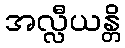
အလ္လီယန္တိ